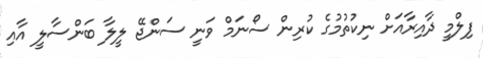
ފިލްމީ ދާއިރާއަށް ނިކުތުމުގެ ކުރިން ސޯނަމް ވަނީ ސަންޖޭ ލީލާ ބަންސާލީ އާއި